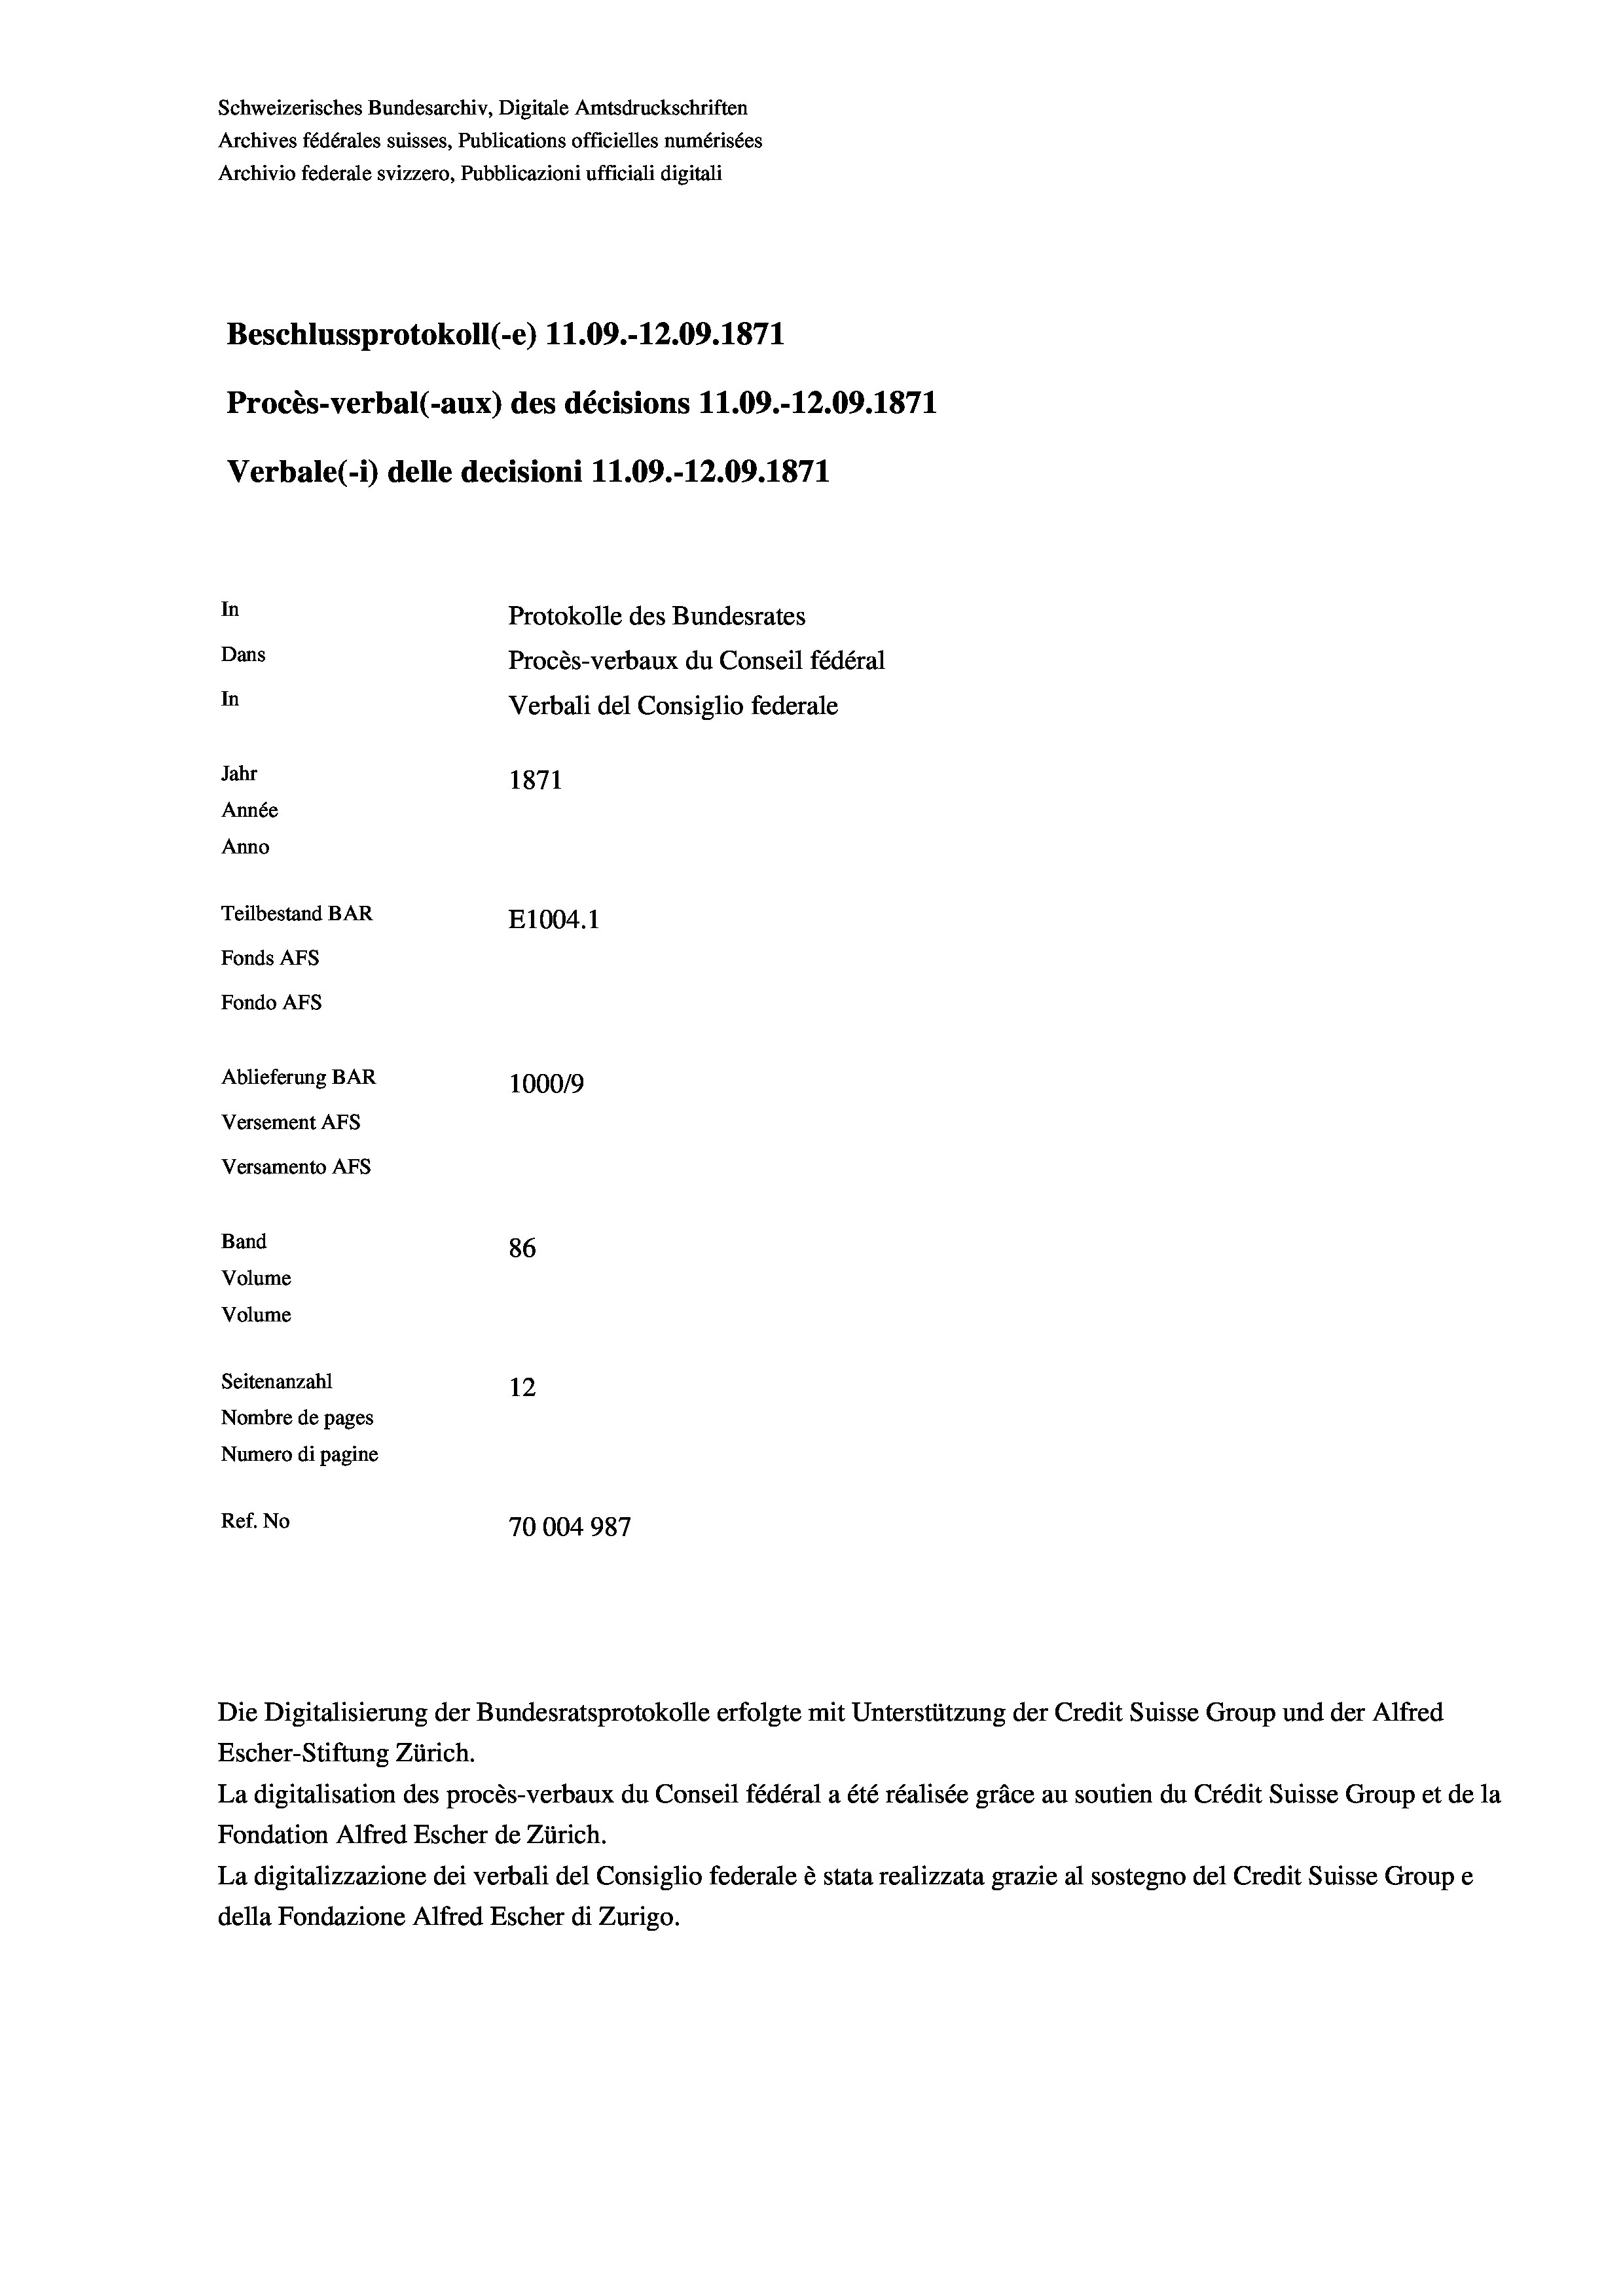
Schweizerisches Bundesarchiv, Digitale Amtsdruckschriften
Archives fédérales suisses, Publications officielles numérisées
Archivio federale svizzero, Pubblicazioni ufficiali digitali
Beschlussprotokoll (-e) 11.09.-12.09. 1871
Procès-verbal (-aux) des décisions 11.09.-12.09. 1871
Verbale (- 1) delle decisioni 11.09.-12.09. 1871
In
Protokolle des Bundesrates
Dans
Procès-verbaux du Conseil fédéral
In
Verbali del Consiglio federale
Jahr
1871
Année
Anno
Teilbestand BAR
E1004. 1
Fonds Afs
Fondo Afs
Ablieferung BAR
100019
Versement Ans
Versamento Afs
Band
86
Volume
Volume
Seitenanzahl
12
Nombre de pages
Numero di pagine
Ref. No
70004987

Die Digitalisierung der Bundesratsprotokolle erfolgte mit Unterstützung der Credit Suisse Group und der Alfred
Escher-Stiftung Zürich.
La digitalisation des procès-verbaux du Conseil fédéral a été réalisée gräce au soutien du Crédit Suisse Group et de la
Fondation Alfred Escher de Zürich.
La digitalizzazione dei verbali del Consiglio federale è stata realizzata grazie al sostegno del Credit Suisse Groupe
della Fondazione Alfred Escher di Zurigo.